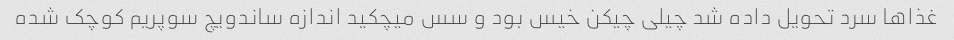
غذاها سرد تحویل داده شد چیلی چیکن خیس بود و سس میچکید اندازه ساندویچ سوپریم کوچک شده